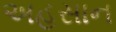
અહસાન